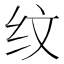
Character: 纹